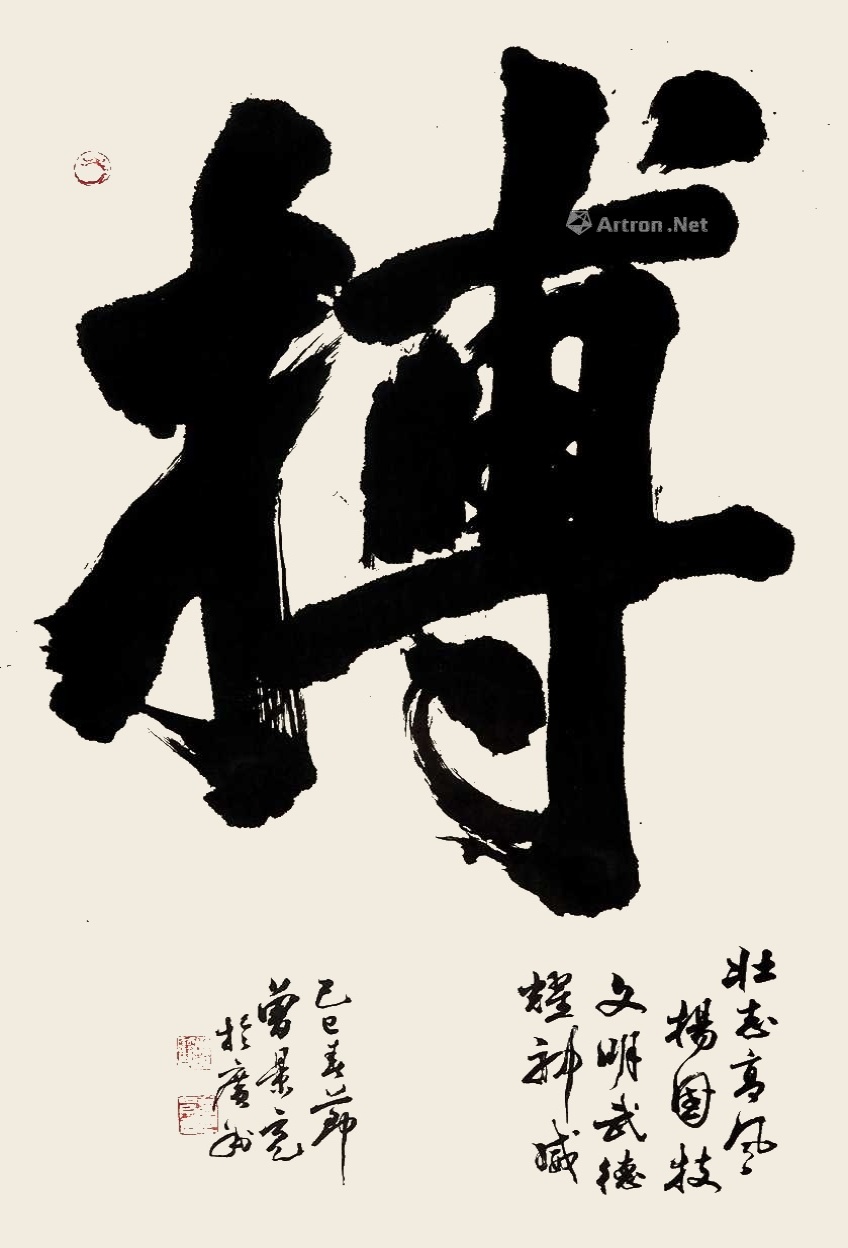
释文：己巳春节，曾景充于广州。一九九零初，秦咢生时年九十。